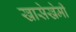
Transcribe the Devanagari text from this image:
खासेखेमी